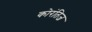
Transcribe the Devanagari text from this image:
कोरंतिज